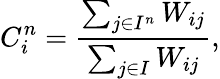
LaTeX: C_{i}^{n}=\frac{\sum_{j\in I^{n}}W_{ij}}{\sum_{j\in I}W_{ij}},